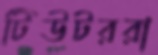
টিউটররা